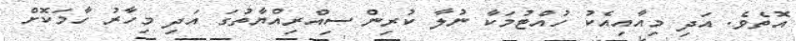
އޮތެވެ. އަދި މިއާއިއެކު ހުއްޓުމަކާ ނުލާ ކުރިން ސިއްރިއްޔާތުގަ އަދި މިހާރު ހާމަކޮށް